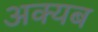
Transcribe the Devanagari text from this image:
अक्यब